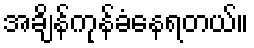
အချိန်ကုန်ခံနေရတယ်။